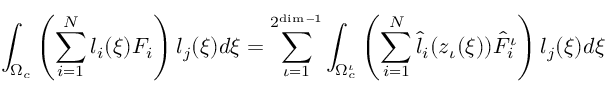
\int _ { \Omega _ { c } } \left( \sum _ { i = 1 } ^ { N } l _ { i } ( \boldsymbol { \xi } ) F _ { i } \right) l _ { j } ( \boldsymbol { \xi } ) d \boldsymbol { \xi } = \sum _ { \iota = 1 } ^ { 2 ^ { \dim - 1 } } \int _ { \Omega _ { c } ^ { \iota } } \left( \sum _ { i = 1 } ^ { N } \hat { l } _ { i } ( \boldsymbol { z } _ { \iota } ( \boldsymbol { \xi } ) ) \hat { F } _ { i } ^ { \iota } \right) l _ { j } ( \boldsymbol { \xi } ) d \boldsymbol { \xi }